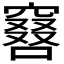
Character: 𠿡